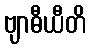
ဗျာဓီယီတိ